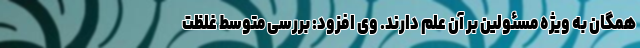
همگان به ویژه مسئولین بر آن علم دارند. وی افزود: بررسی متوسط غلظت